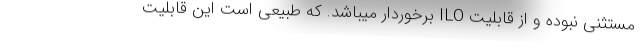
مستثنی نبوده و از قابلیت ILO برخوردار میباشد. که طبیعی است این قابلیت